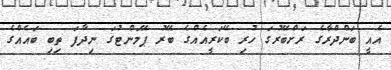
އެއީ ބަންދްރާގެ ރަށްބޭރުގަ ހުރި ބޭކަރީއެއްގެ ބޭރު ޕޭމަންޓުގަ ނިދާފަ ތިބި ބައެއްގެ